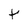
Character: t